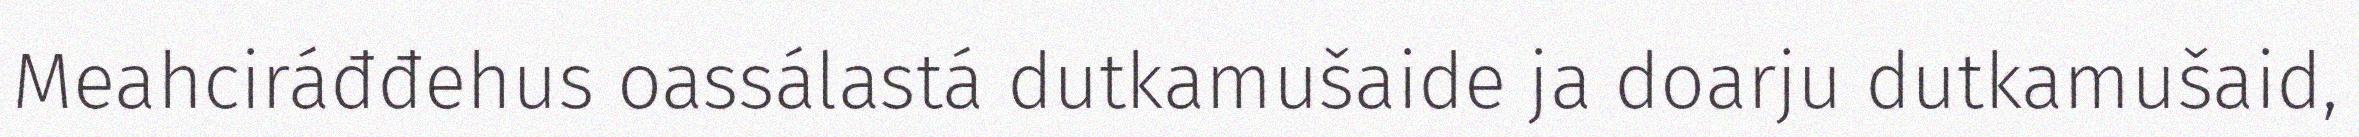
Meahciráđđehus oassálastá dutkamušaide ja doarju dutkamušaid,